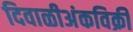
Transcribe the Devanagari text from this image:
दिवाळीअंकविक्री